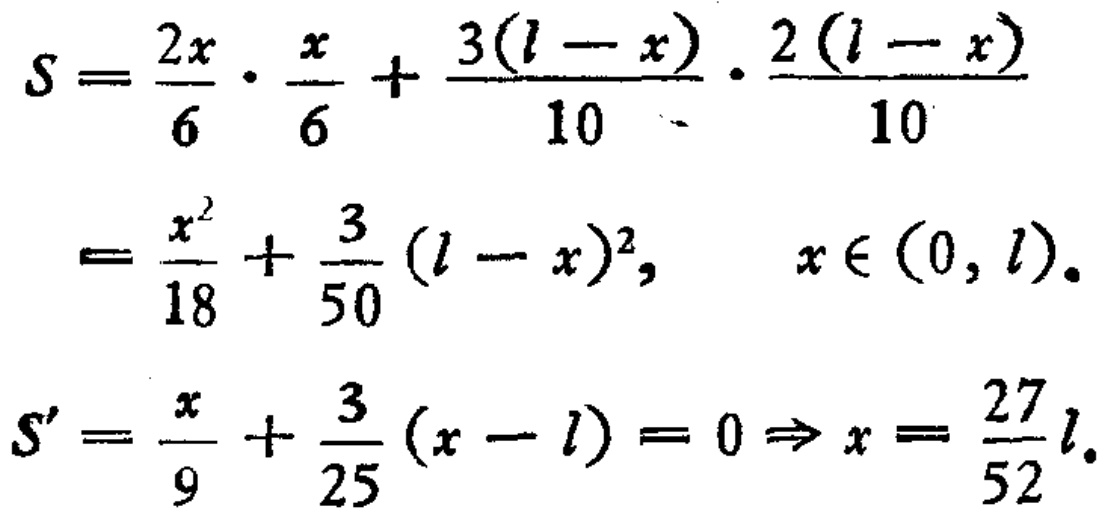
\[
\begin{align*}
S&=\frac{2x}{6}\cdot\frac{x}{6}+\frac{3(l - x)}{10}\cdot\frac{2(l - x)}{10}\\
&=\frac{x^{2}}{18}+\frac{3}{50}(l - x)^{2},\quad x\in(0,l).\\
S'&=\frac{x}{9}+\frac{3}{25}(x - l)=0\Rightarrow x = \frac{27}{52}l.
\end{align*}
\]